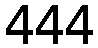
444